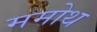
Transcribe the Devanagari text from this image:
ममोथ